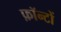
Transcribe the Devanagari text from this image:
फ़ॉन्टों